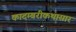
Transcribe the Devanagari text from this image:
कादम्बरीकथासार